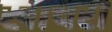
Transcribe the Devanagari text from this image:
खाचरा